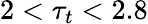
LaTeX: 2<\tau_{t}<2.8